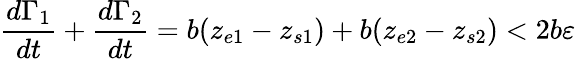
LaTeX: \frac{d\Gamma_{1}}{dt}+\frac{d\Gamma_{2}}{dt}=b(z_{e1}-z_{s1})+b(z_{e2}-z_{s2})<2b\varepsilon